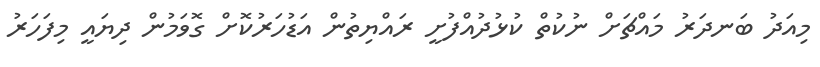
މިއަދު ބަނދަރު މައްޗަށް ނުކުތް ކުޅުދުއްފުށީ ރައްޔިތުން އަޑުހަރުކޮށް ގޮވަމުން ދިޔައީ މިފަހަރު